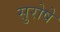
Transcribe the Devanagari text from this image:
सुरोषे